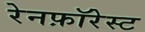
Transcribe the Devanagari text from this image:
रेनफ़ॉरेस्ट